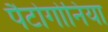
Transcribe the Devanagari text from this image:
पैटोगोनिया